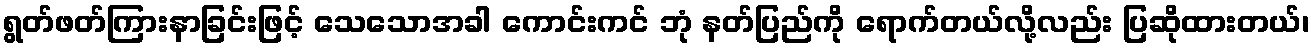
ရွတ်ဖတ်ကြားနာခြင်းဖြင့် သေသောအခါ ကောင်းကင် ဘုံ နတ်ပြည်ကို ရောက်တယ်လို့လည်း ပြဆိုထားတယ်၊